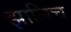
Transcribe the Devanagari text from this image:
झालिच